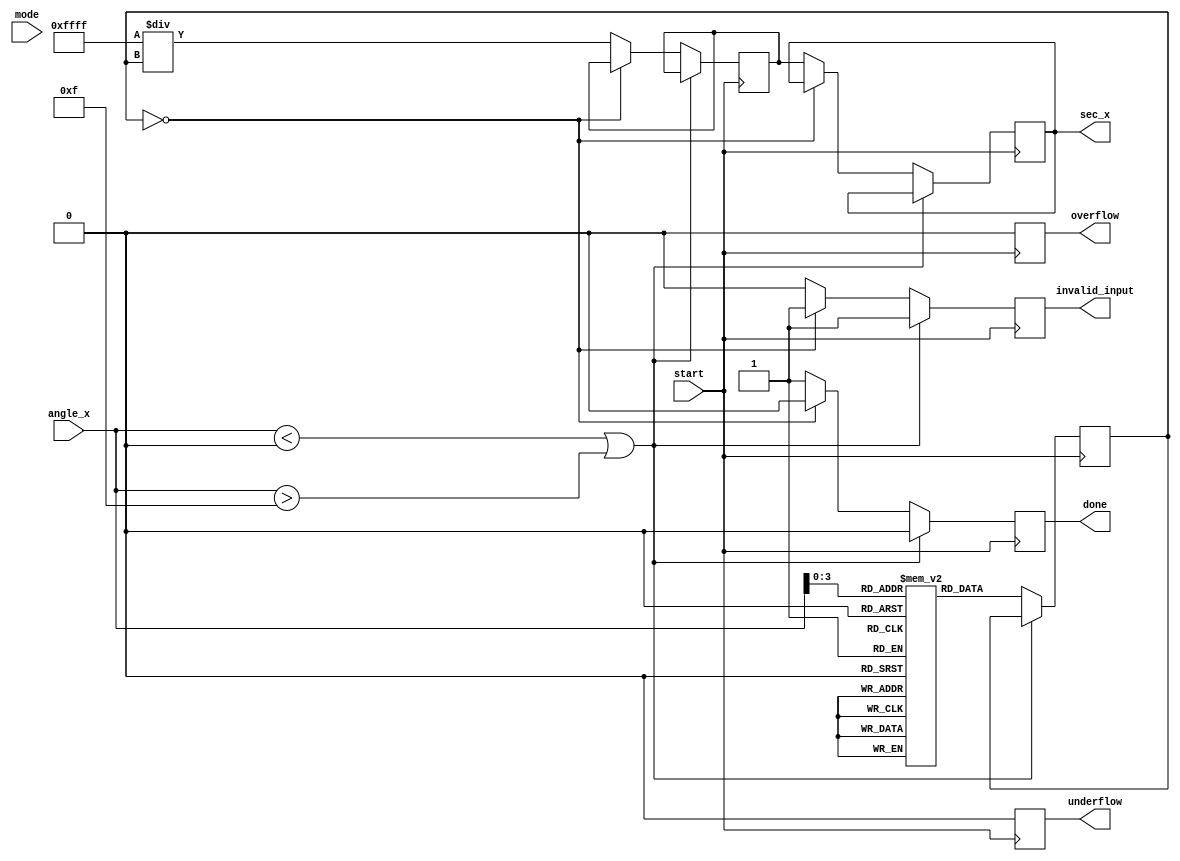
module secant_function (
    input wire [15:0] angle_x, // Input angle in radians (fixed-point representation)
    input wire start,           // Control signal to start computation
    input wire mode,            // Control signal for fixed-point (0) or floating-point (1)
    output reg [15:0] sec_x,    // Output secant value (fixed-point representation)
    output reg overflow,        // Overflow flag
    output reg underflow,       // Underflow flag
    output reg invalid_input,   // Invalid input flag
    output reg done             // Done signal
);

    reg [15:0] cos_x;           // Cosine value
    reg [15:0] reciprocal;      // Reciprocal of cosine
    reg [3:0] state;            // State variable for FSM

    // Cosine Lookup Table (for simplicity)
    reg [15:0] cos_lut [0:15];  // Example LUT for angles 0 to /2
    initial begin
        cos_lut[0] = 16'hFFFF; // cos(0) = 1.0
        cos_lut[1] = 16'h7FFF; // cos(/6) = 3/2
        cos_lut[2] = 16'h0000; // cos(/2) = 0
        // Fill in other values as needed
    end

    // State machine for computation
    always @(posedge start) begin
        state <= 0;
        done <= 0;
        overflow <= 0;
        underflow <= 0;
        invalid_input <= 0;
        
        // Compute cosine
        if (angle_x < 16'h0000 || angle_x > 16'h000F) begin
            invalid_input <= 1; // Out of range
        end else begin
            cos_x <= cos_lut[angle_x]; // Lookup cosine value
            if (cos_x == 16'h0000) begin
                invalid_input <= 1; // cos(x) = 0
            end else begin
                // Compute reciprocal
                reciprocal <= 16'hFFFF / cos_x; // 1/cos(x)
                sec_x <= reciprocal; // Assign secant value
                done <= 1; // Indicate computation is done
            end
        end
    end

endmodule